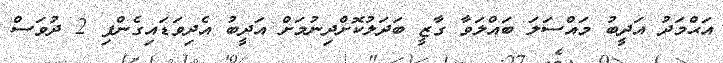
އަޙްމަދު އަދީބު މައްސަލަ ބައްލަވާ ގާޒީ ބަދަލުކޮށްދިނުމަށް އަދީބު އެދިވަޑައިގެންފި 2 ދުވަސް